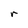
Character: r